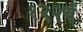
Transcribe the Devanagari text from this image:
१२२वें